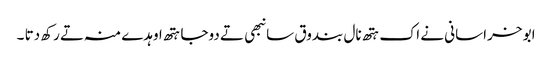
ابو خراسانی نے اک ہتھ نال بندوق سانبھی تے دوجا ہتھ اوہدے منہ تے رکھ دتا ۔